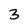
Character: 3